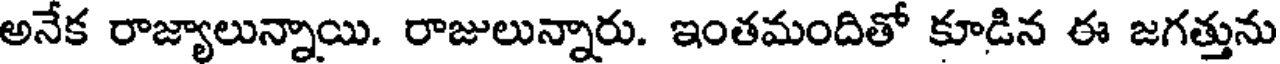
అనేక రాజ్యాలున్నాయి. రాజులున్నారు. ఇంతమందితో కూడిన ఈ జగత్తును